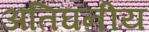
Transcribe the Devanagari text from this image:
अतिघनीय